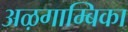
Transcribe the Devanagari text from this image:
अऴगाम्बिका